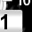
Digit: 1